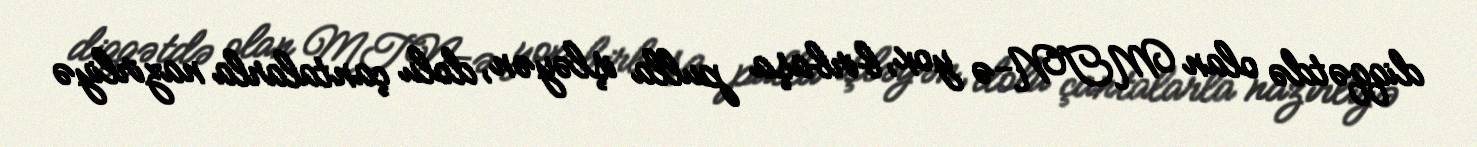
diqqətdə olan MTN-ə yox, birbaşa pulla işləyən, dolu çantalarla nazirliyə